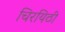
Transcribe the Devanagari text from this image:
चिरयिठी